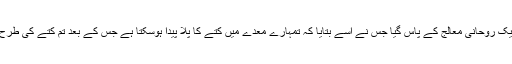
اس نے بتایا کہ وہ فوراً ایک روحانی معالج کے پاس گیا جس نے اسے بتایا کہ تمہارے معدے میں کتے کا پلا پیدا ہوسکتا ہے جس کے بعد تم کتے کی طرح پاگل ہوکر مر جاؤ گے۔